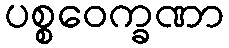
ပစ္စဝေက္ခဏာ